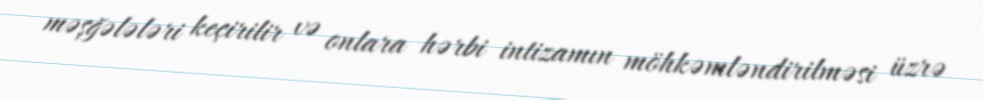
məşğələləri keçirilir və onlara hərbi intizamın möhkəmləndirilməsi üzrə